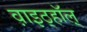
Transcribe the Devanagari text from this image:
व़ाइठ्हाॅल़्